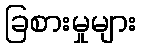
ခြစားမှုများ